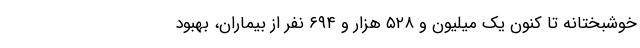
خوشبختانه تا کنون یک میلیون و ۵۲۸ هزار و ۶۹۴ نفر از بیماران، بهبود